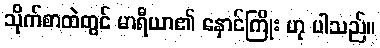
သိုက်စာထဲတွင် မာရီယာ၏ နှောင်ကြိုး ဟု ပါသည်။